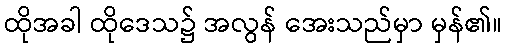
ထိုအခါ ထိုဒေသ၌ အလွန် အေးသည်မှာ မှန်၏။